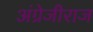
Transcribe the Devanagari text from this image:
अंग्रेजीराज